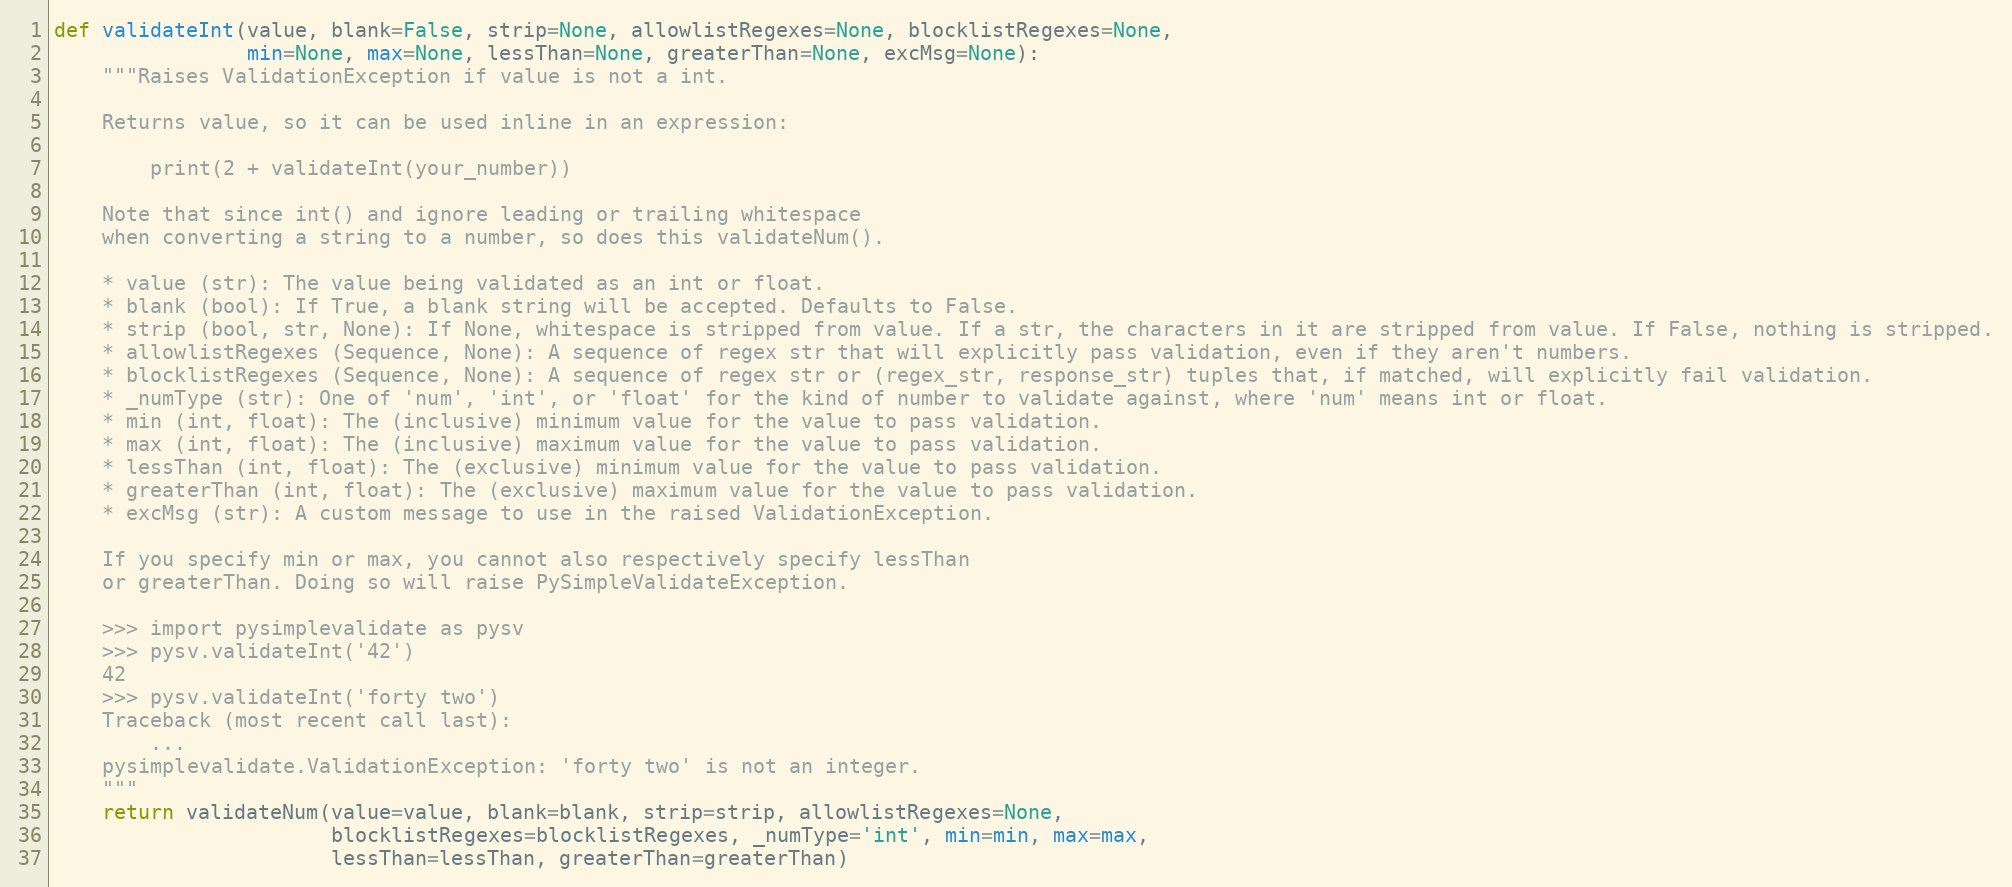
Language: Python
def validateInt(value, blank=False, strip=None, allowlistRegexes=None, blocklistRegexes=None,
                min=None, max=None, lessThan=None, greaterThan=None, excMsg=None):
    """Raises ValidationException if value is not a int.

    Returns value, so it can be used inline in an expression:

        print(2 + validateInt(your_number))

    Note that since int() and ignore leading or trailing whitespace
    when converting a string to a number, so does this validateNum().

    * value (str): The value being validated as an int or float.
    * blank (bool): If True, a blank string will be accepted. Defaults to False.
    * strip (bool, str, None): If None, whitespace is stripped from value. If a str, the characters in it are stripped from value. If False, nothing is stripped.
    * allowlistRegexes (Sequence, None): A sequence of regex str that will explicitly pass validation, even if they aren't numbers.
    * blocklistRegexes (Sequence, None): A sequence of regex str or (regex_str, response_str) tuples that, if matched, will explicitly fail validation.
    * _numType (str): One of 'num', 'int', or 'float' for the kind of number to validate against, where 'num' means int or float.
    * min (int, float): The (inclusive) minimum value for the value to pass validation.
    * max (int, float): The (inclusive) maximum value for the value to pass validation.
    * lessThan (int, float): The (exclusive) minimum value for the value to pass validation.
    * greaterThan (int, float): The (exclusive) maximum value for the value to pass validation.
    * excMsg (str): A custom message to use in the raised ValidationException.

    If you specify min or max, you cannot also respectively specify lessThan
    or greaterThan. Doing so will raise PySimpleValidateException.

    >>> import pysimplevalidate as pysv
    >>> pysv.validateInt('42')
    42
    >>> pysv.validateInt('forty two')
    Traceback (most recent call last):
        ...
    pysimplevalidate.ValidationException: 'forty two' is not an integer.
    """
    return validateNum(value=value, blank=blank, strip=strip, allowlistRegexes=None,
                       blocklistRegexes=blocklistRegexes, _numType='int', min=min, max=max,
                       lessThan=lessThan, greaterThan=greaterThan)